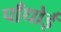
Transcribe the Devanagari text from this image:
पाँधोई